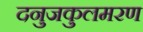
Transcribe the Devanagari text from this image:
दनुजकुलमरण